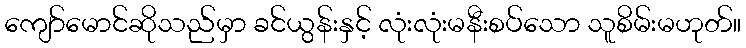
ကျော်မောင်ဆိုသည်မှာ ခင်ယွန်းနှင့် လုံးလုံးမနီးစပ်သော သူစိမ်းမဟုတ်။